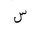
Letter: _sin